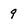
Character: 9